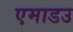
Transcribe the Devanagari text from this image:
एमाडउ